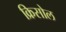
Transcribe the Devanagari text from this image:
क्रिसोल